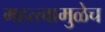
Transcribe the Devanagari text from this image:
महत्त्वामुळेच